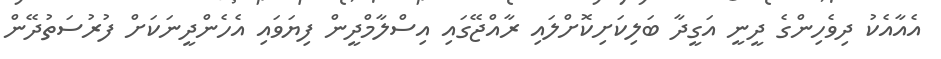
އެއާއެކު ދިވެހިންގެ ދީނީ އަގީދާ ބަލިކަށިކޮށްލައި ރާއްޖޭގައި އިސްލާމްދީން ފިޔަވައި އެހެންދީނަކަށް ފުރުސަތުދޭން